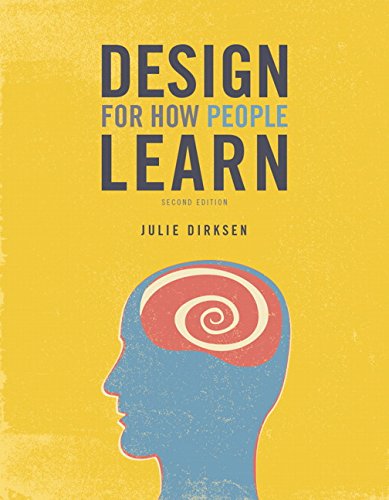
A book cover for Design for How People Learn (2nd Edition) (Voices That Matter); Julie Dirksen; Computers & Technology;